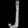
Digit: ၂